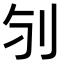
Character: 𠚻